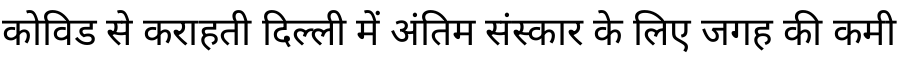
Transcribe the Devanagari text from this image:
कोविड से कराहती दिल्ली में अंतिम संस्कार के लिए जगह की कमी